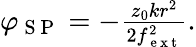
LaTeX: \begin{array}{r}{\varphi_{\mathrm{~S~P~}}=-\frac{z_{0}{kr^{2}}}{2f_{\mathrm{~e~x~t~}}^{2}}.}\end{array}